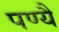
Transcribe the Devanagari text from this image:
पण्यै